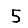
Digit: 5